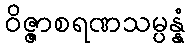
ဝိဇ္ဇာစရဏသမ္ပန္နံ